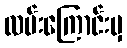
လမ်းကြောင်းမှ